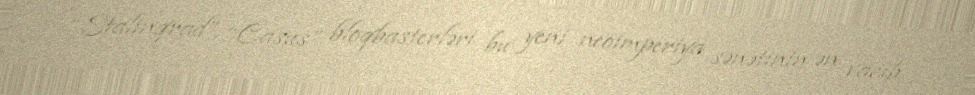
“Stalinqrad”, “Casus” bloqbasterləri bu yeni neoimperiya sənətinin ən vacib